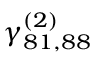
\gamma _ { 8 1 , 8 8 } ^ { ( 2 ) }